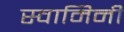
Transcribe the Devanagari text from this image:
स्‍वामिनी